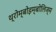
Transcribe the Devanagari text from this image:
थ्रोम्बोइम्बोलिज्म